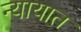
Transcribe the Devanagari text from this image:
न्यायात